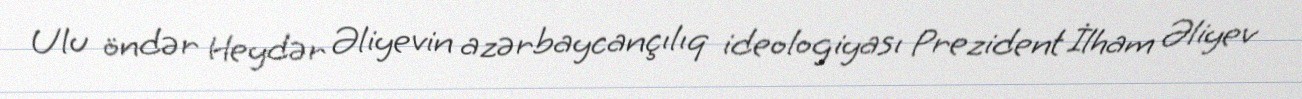
Ulu öndər Heydər Əliyevin azərbaycançılıq ideologiyası Prezident İlham Əliyev